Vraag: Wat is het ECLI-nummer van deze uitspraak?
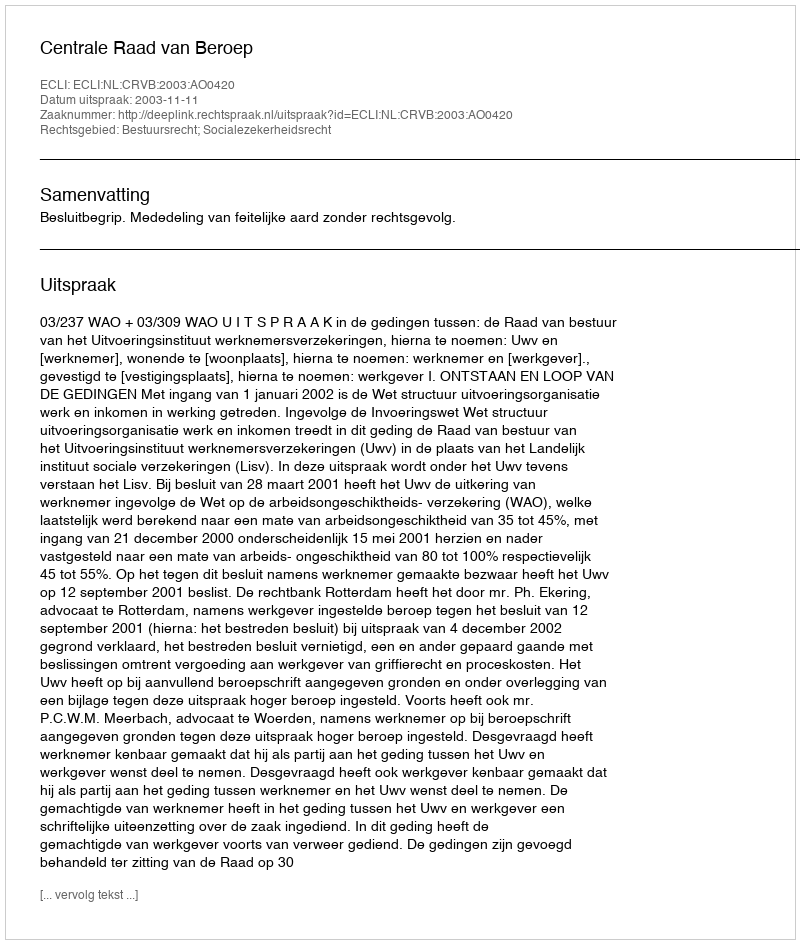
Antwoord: ECLI:NL:CRVB:2003:AO0420